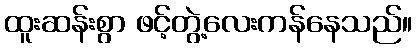
ထူးဆန်းစွာ ဖင့်တွဲ့လေးကန်နေသည်။